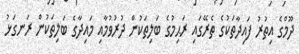
ދޫމްގެ އިތުރު ފައިދާތަކުގެ ތެރޭގައި ރަޙިމުގެ ބަލިތަކުން ދުރުވުމާއި މައިދާގެ ބަލިތަކުން ރަނގަޅު